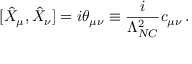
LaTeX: [ \hat { X } _ { \mu } , \hat { X } _ { \nu } ] = i \theta _ { \mu \nu } \equiv { \frac { i } { \Lambda _ { N C } ^ { 2 } } } c _ { \mu \nu } \, .